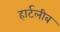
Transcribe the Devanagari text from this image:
हार्टलीब